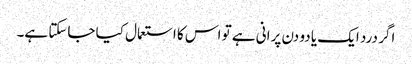
اگر درد ایک یا دو دن پرانی ہے تو اس کا استعمال کیا جاسکتا ہے۔